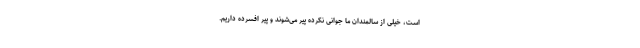
است، خیلی از سالمندان ما جوانی نکرده پیر می‌شوند و پیر افسرده داریم.